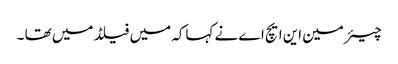
چیئر مین این ایچ اے نے کہاکہ میں فیلڈ میں تھا ۔